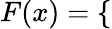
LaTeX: \begin{array}{r}{F(x)=\left\{ \begin{array}{ll}\end{array}\right.}\end{array}